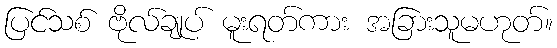
ပြင်သစ် ဗိုလ်ချုပ် မူးရတ်ကား အခြားသူမဟုတ်။